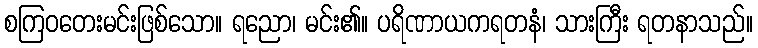
စကြဝတေးမင်းဖြစ်သော။ ရညော၊ မင်း၏။ ပရိဏာယကရတနံ၊ သားကြီး ရတနာသည်။